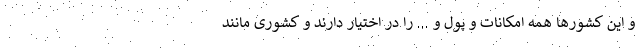
و این کشورها همه امکانات و پول و ... را در اختیار دارند و کشوری مانند